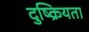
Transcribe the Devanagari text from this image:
दुष्क्रियता